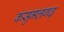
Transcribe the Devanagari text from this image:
कसुमलगढ़